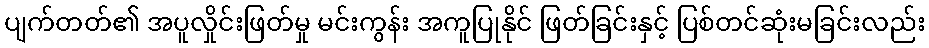
ပျက်တတ်၏ အပူလှိုင်းဖြတ်မှု မင်းကွန်း အကူပြုနိုင် ဖြတ်ခြင်းနှင့် ပြစ်တင်ဆုံးမခြင်းလည်း